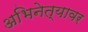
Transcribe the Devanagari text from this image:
अभिनेत्यावर